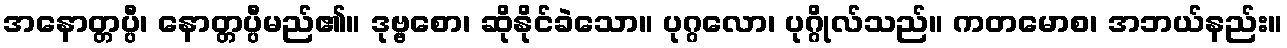
အနောတ္တပ္ပီ၊ နောတ္တပ္ပီမည်၏။ ဒုဗ္ဗစော၊ ဆိုနိုင်ခဲသော။ ပုဂ္ဂလော၊ ပုဂ္ဂိုလ်သည်။ ကတမောစ၊ အဘယ်နည်း။